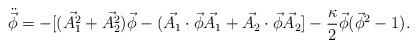
LaTeX: \begin{align*}\ddot{\vec{\phi}} =-[(\vec{A_{1}^{2}}+\vec{A_{2}^{2}})\vec{\phi}-(\vec{A_{1}}\cdot\vec{\phi}\vec{A_{1}}+\vec{A_{2}}\cdot\vec{\phi}\vec{A_{2}}]-\frac{\kappa}{2}\vec{\phi}(\vec{\phi}^{2 }-1).\end{align*}